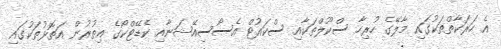
އެ ހަރަކާތްތަކުގައި މާލޭގެ ހުރިހާ ސްކޫލްތަކާއި ސްކައުޓް އެސޯސިއޭޝަނާއި ކެޑޭޓްކޯގެ އިތުރުން އަތޮޅުތަކުގައި